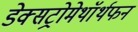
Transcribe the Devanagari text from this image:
डेक्सट्रोमेथॉर्थफन